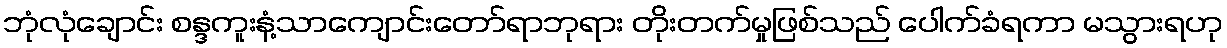
ဘုံလုံချောင်း စန္ဒကူးနံ့သာကျောင်းတော်ရာဘုရား တိုးတက်မှုဖြစ်သည် ပေါက်ခံရကာ မသွားရဟု